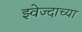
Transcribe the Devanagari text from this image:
झ्वेज्दाच्या